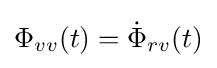
\Phi _{vv}(t)={\dot {\Phi }}_{rv}(t)